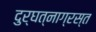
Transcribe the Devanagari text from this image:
दुर्घत्नाग्रस्त